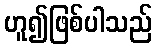
ဟူ၍ဖြစ်ပါသည်